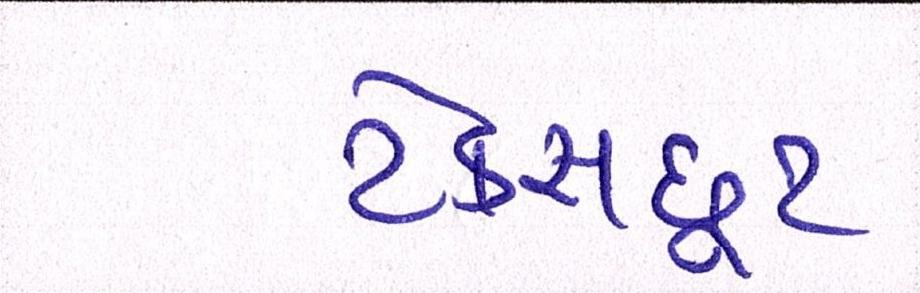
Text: ટેક્સછૂટ